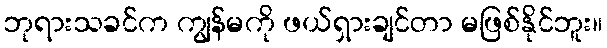
ဘုရားသခင်က ကျွန်မကို ဖယ်ရှားချင်တာ မဖြစ်နိုင်ဘူး။